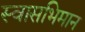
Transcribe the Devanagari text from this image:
स्वासभिमान